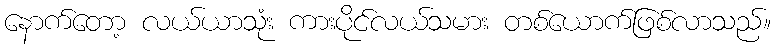
နောက်တော့ လယ်ယာသုံး ကားပိုင်လယ်သမား တစ်ယောက်ဖြစ်လာသည်။